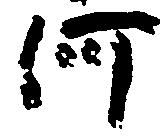
河